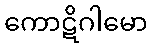
ကောဋိဂါမော